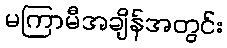
မကြာမီအချိန်အတွင်း